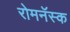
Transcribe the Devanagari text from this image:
रोमनॅस्क